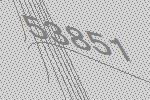
53851